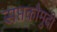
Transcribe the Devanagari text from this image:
सप्तकौमुदी